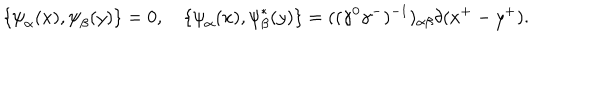
\{ { \psi } _ { \alpha } ( x ) , { \psi } _ { \beta } ( y ) \} = 0 , \quad \{ { \psi } _ { \alpha } ( x ) , { \psi } _ { \beta } ^ { \ast } ( y ) \} = ( ( { \gamma } ^ { 0 } { \gamma } ^ { - } ) ^ { - 1 } ) _ { { \alpha } { \beta } } { \delta } ( x ^ { + } - y ^ { + } ) .